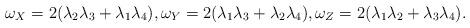
LaTeX: \begin{align*} \omega_{X}=2(\lambda_2\lambda_3+\lambda_1\lambda_4),\omega_{Y}=2(\lambda_1\lambda_3+\lambda_2\lambda_4),\omega_{Z}=2(\lambda_1\lambda_2+\lambda_3\lambda_4).\end{align*}